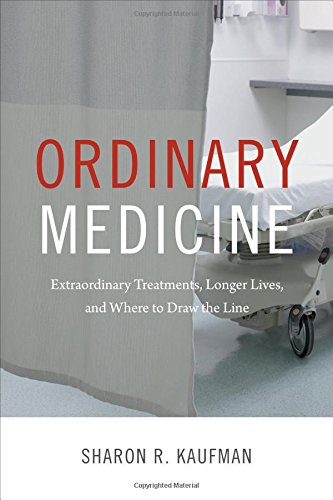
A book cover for Ordinary Medicine: Extraordinary Treatments, Longer Lives, and Where to Draw the Line (Critical Global Health: Evidence, Efficacy, Ethnography); Sharon R. Kaufman; Health, Fitness & Dieting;